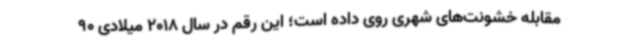
مقابله خشونت‌های شهری روی داده است؛ این رقم در سال 2018 میلادی 90